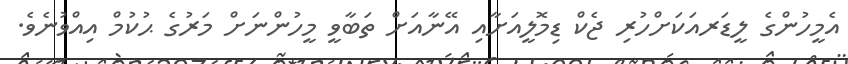
އެމީހުންގެ ލީޑަރއަކަށްހުރި ޖެކް ޑިމޮލީއަށާއި އޭނާއަށް ތަބާވީ މީހުންނަށް މަރުގެ ޙުކުމް އިއްވުނެވެ.